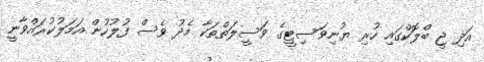
އަދި ޖީ ބްލޮކްގައި ހުރި ޔުނިވަސިޓީގެ ވަސީލަތްތަކާ މެދު ވެސް ފުލުހުން އަމަލުކުރައްވާނީ